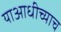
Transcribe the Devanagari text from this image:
याआधीच्याच